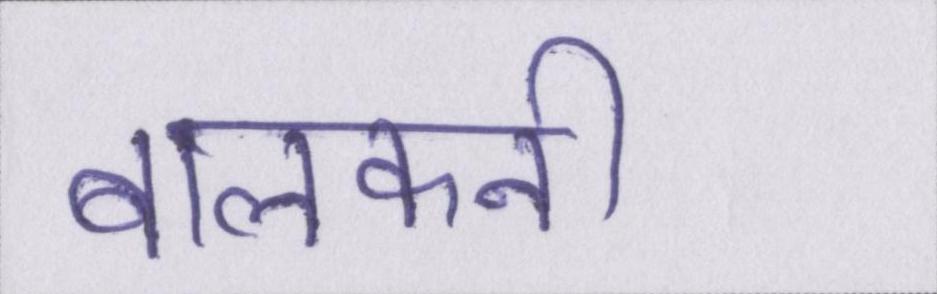
बालकनी